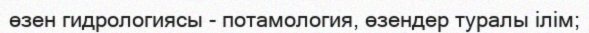
өзен гидрологиясы - потамология, өзендер туралы ілім;